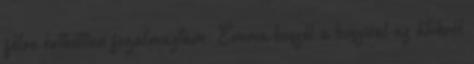
félre érthetően fogalmaztam. Emma beszél a boszival az átokról